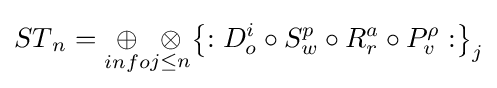
{ST}_{n}={\underset {info}{\oplus }}{\underset {j\leq n}{\otimes }}{\left\{:{D}_{o}^{i}\circ {S}_{w}^{p}\circ {R}_{r}^{a}\circ {P}_{v}^{\rho }:\right\}}_{j}